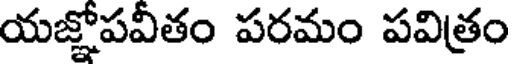
యజ్ఞోపవీతం పరమం పవిత్రం